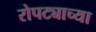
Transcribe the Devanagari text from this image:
रोपट्याच्या